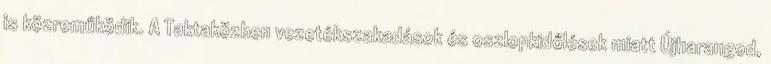
is közreműködik. A Taktaközben vezetékszakadások és oszlopkidőlések miatt Újharangod,